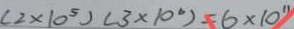
( 2 \times 1 0 ^ { 5 } ) ( 3 \times 1 0 ^ { 6 } ) = 6 \times 1 0 ^ { 1 1 }